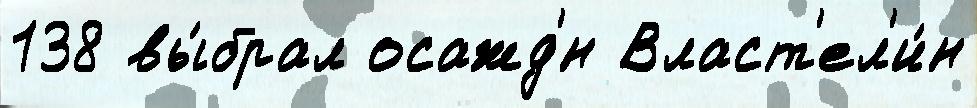
138 вы́брал осажд'́н Власт'ел'и́н